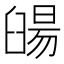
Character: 䑗